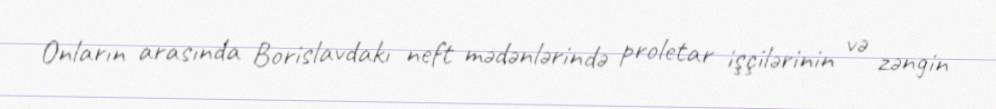
Onların arasında Borislavdakı neft mədənlərində proletar işçilərinin və zəngin